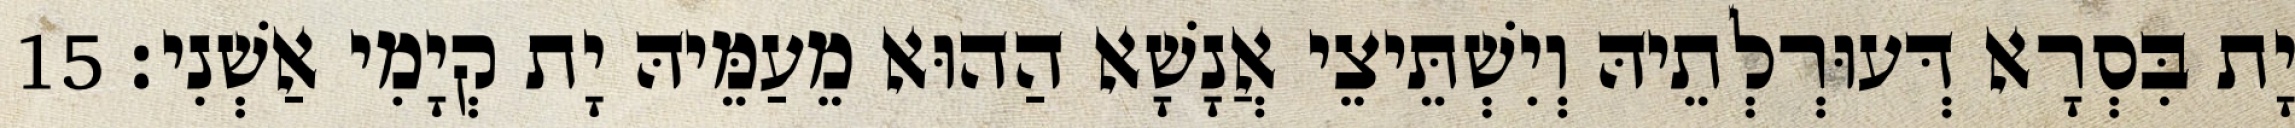
יָת בִּסְרָא דְּעוּרְלְתֵיהּ וְיִשְׁתֵּיצֵי אֲנָשָׁא הַהוּא מֵעַמֵּיהּ יָת קְיָמִי אַשְׁנִי׃ 15